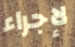
لإجراء